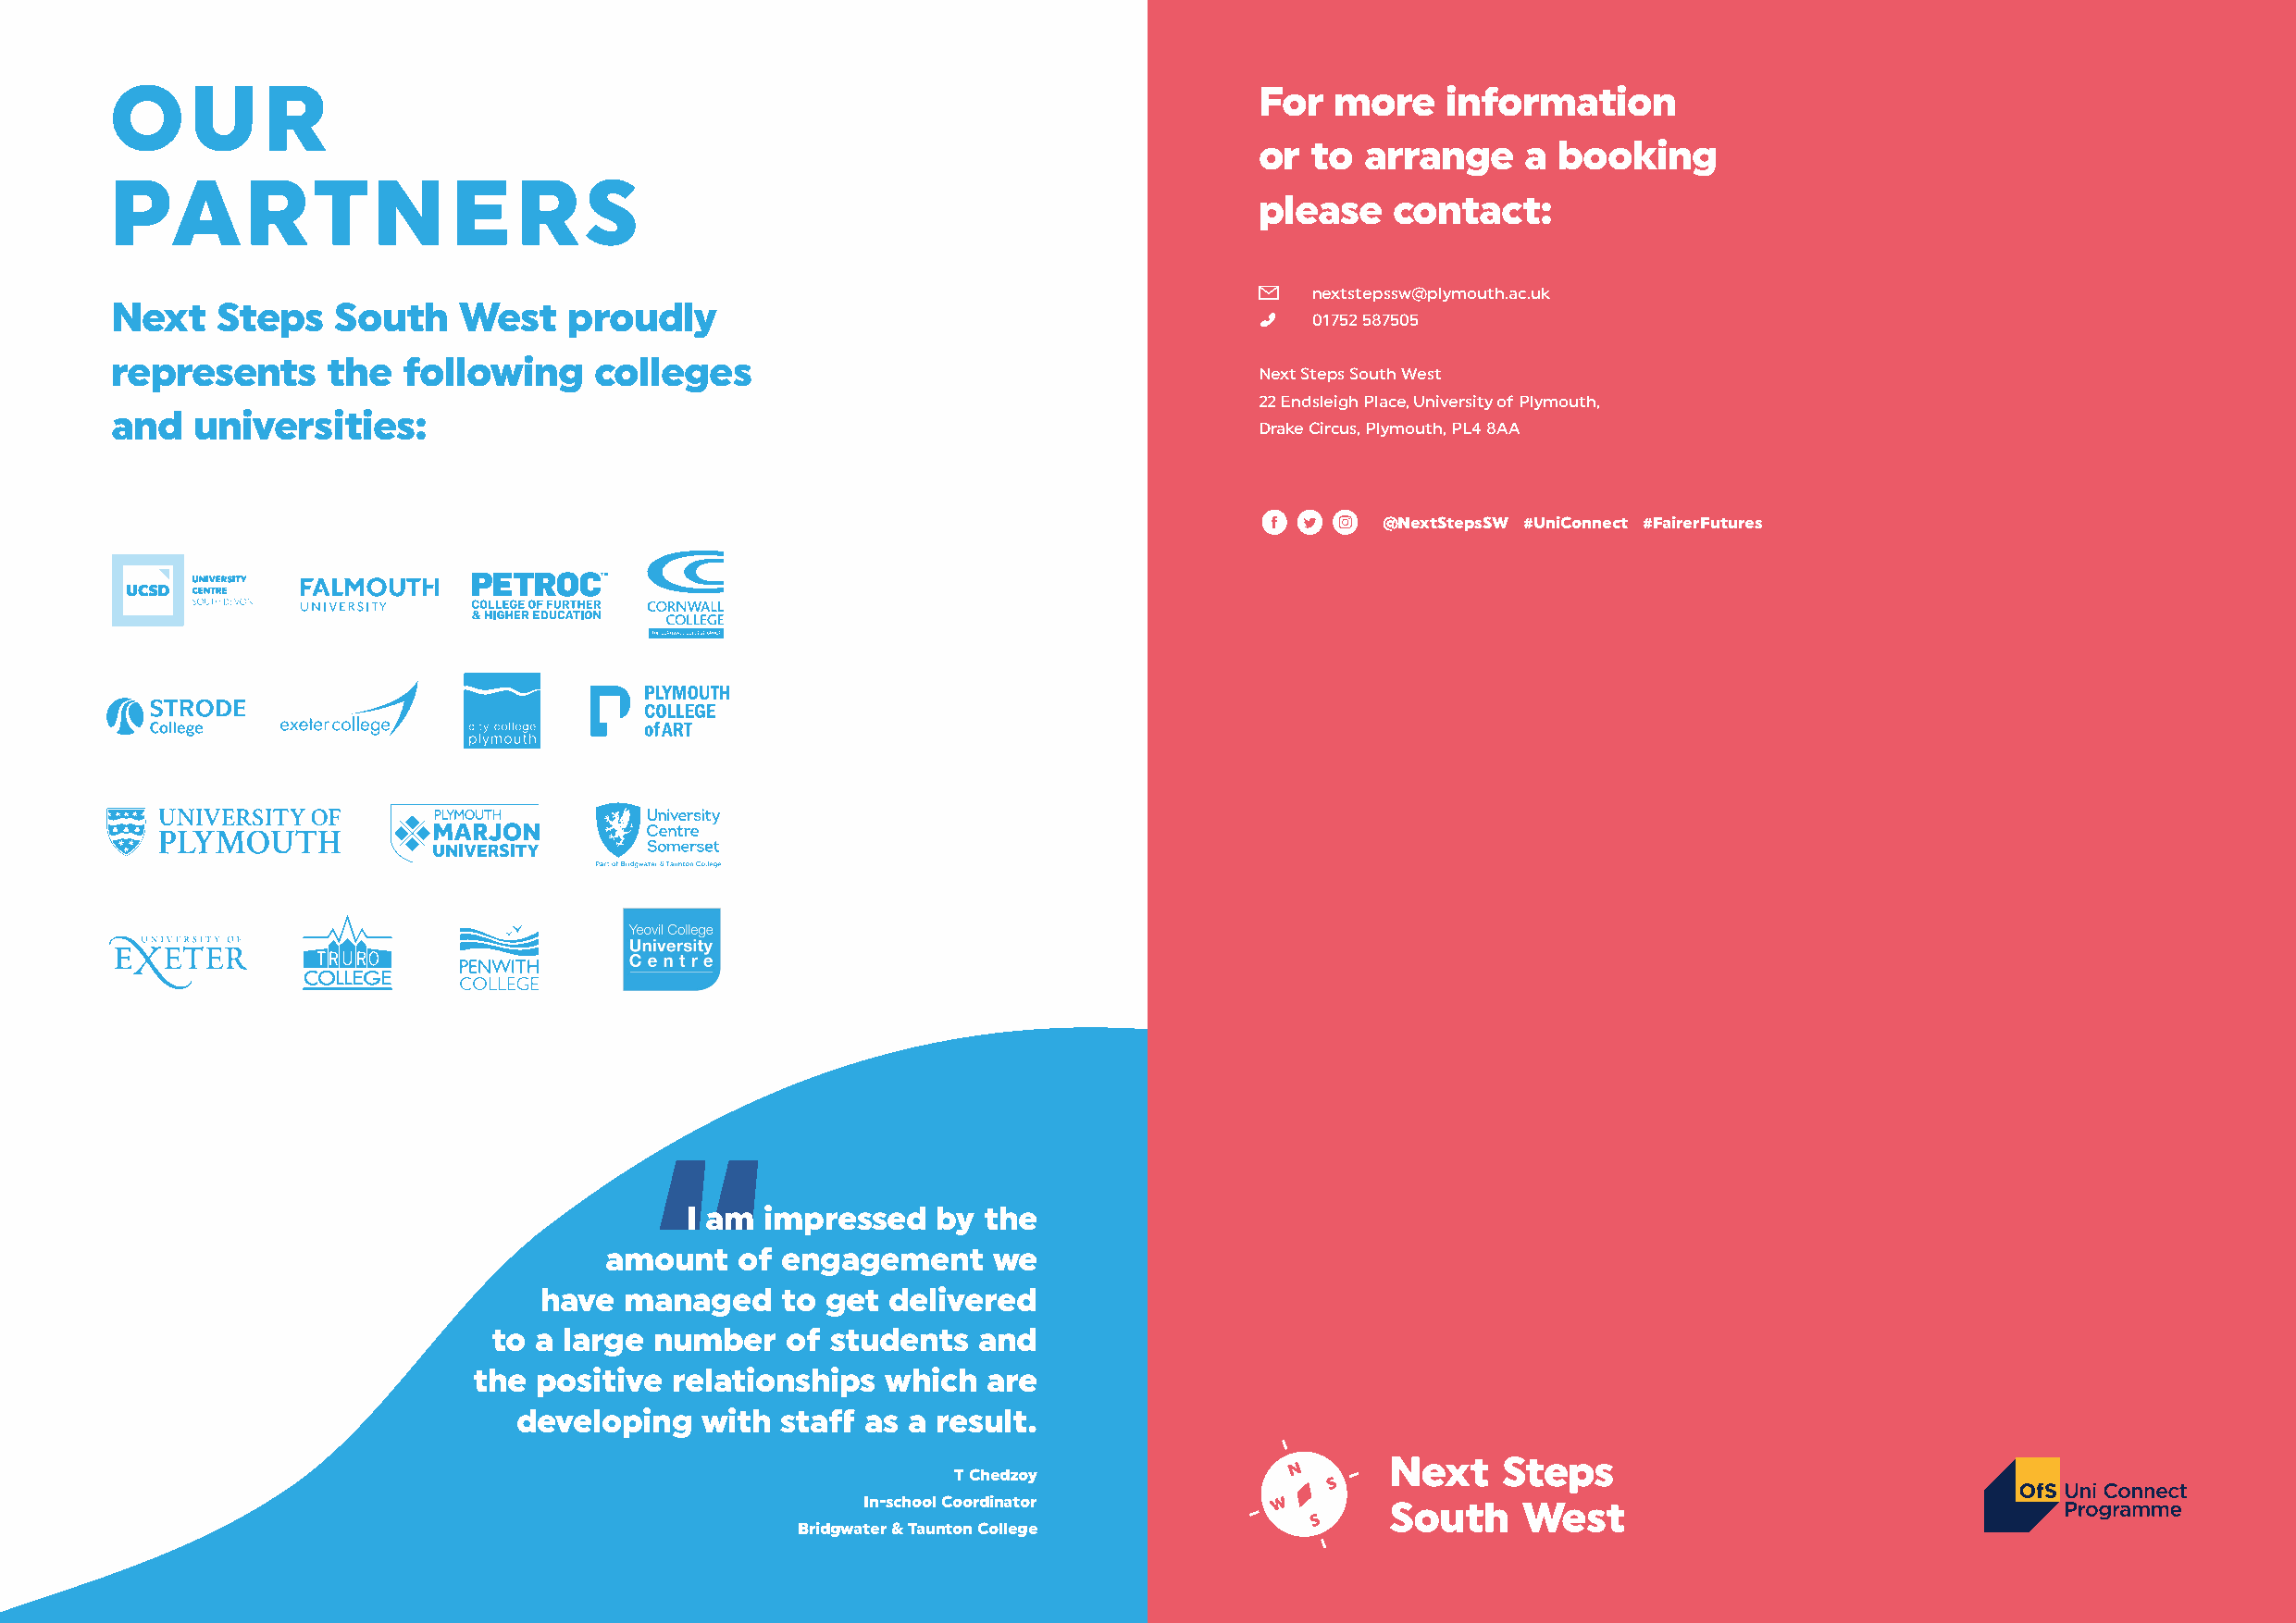
OUR
 For  more    information
 or  to  arrange    a booking
 PARTNERS
 please    contact:
 nextstepssw@plymouth.ac.uk
 Next   Steps    South    West    proudly
 01752 587505
 represents     the   following    colleges
 Next Steps South West
 22 Endsleigh Place, University of Plymouth,
 and   universities:
 Drake Circus, Plymouth, PL4 8AA
 @NextStepsSW #UniConnect #FairerFutures
 I am  impressed   by the
 amount    of engagement     we
 have  managed    to get  delivered
 to a large  number   of students   and
 the positive  relationships  which   are
 developing   with  staff as a result.
 T Chedzoy
 In-school Coordinator
 Bridgwater & Taunton College